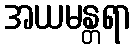
အယမန္တရာ